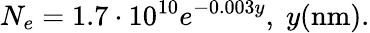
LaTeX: N_{e}=1.7\cdot 10^{10}e^{-0.003y},\; y(\textrm{nm}).